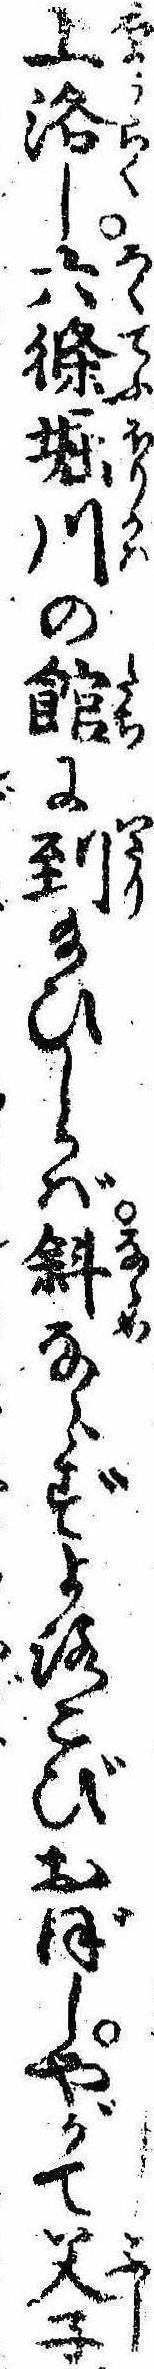
上洛し六条堀川の館に到給ひしかば斜ならずよろこびおぼしやがて父子